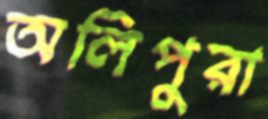
অলিপুরা